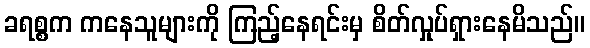
ခရစ္စက ကနေသူများကို ကြည့်နေရင်းမှ စိတ်လှုပ်ရှားနေမိသည်။